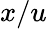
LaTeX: x/u